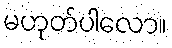
မဟုတ်ပါလော။